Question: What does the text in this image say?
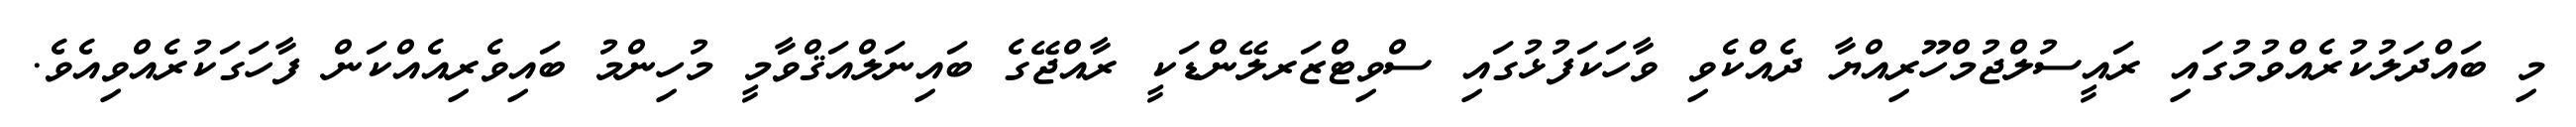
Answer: މި ބައްދަލުކުރެއްވުމުގައި ރައީސުލްޖުމްހޫރިއްޔާ ދެއްކެވި ވާހަކަފުޅުގައި ސްވިޓްޒަރލޭންޑަކީ ރާއްޖޭގެ ބައިނަލްއަޤްވާމީ މުހިންމު ބައިވެރިއެއްކަން ފާހަގަކުރެއްވިއެވެ.